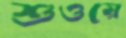
শুওয়ে